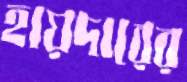
হায়দারের